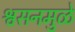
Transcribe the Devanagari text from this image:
श्वसनमुळे